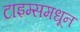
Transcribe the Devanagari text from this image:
टाइम्समधून